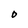
Character: O